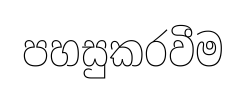
පහසුකරවීම